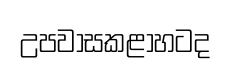
උපවාසකළාහටද